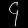
Digit: ၄